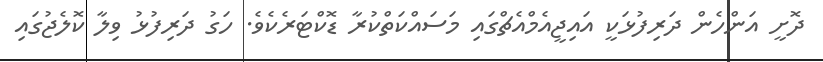
ދޮށީ އަންހެން ދަރިފުޅަކީ އައިޖީއެމްއެޗްގައި މަސައްކަތްކުރާ ޑޮކްޓަރެކެވެ. ހަގު ދަރިފުޅު ވިލާ ކޮލެޖުގައި